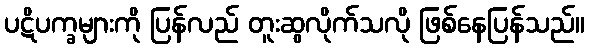
ပဋိပက္ခများကို ပြန်လည် တူးဆွလိုက်သလို ဖြစ်နေပြန်သည်။